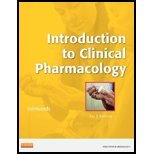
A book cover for Introduction to Clinical Pharmacology, 7e by Edmunds PhD ANP/GNP, Marilyn Winterton [Mosby,2012] (Paperback) 7th Edition; Medical Books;